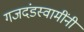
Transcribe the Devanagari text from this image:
गजदंडस्वामींनी